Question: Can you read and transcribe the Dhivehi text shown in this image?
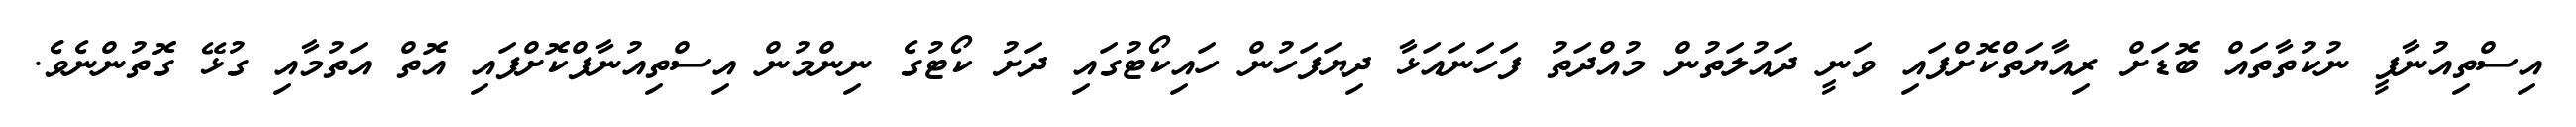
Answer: އިސްތިއުނާފީ ނުކުތާތައް ބޮޑަށް ރިއާޔަތްކޮށްފައި ވަނީ ދައުލަތުން މުއްދަތު ފަހަނައަޅާ ދިޔަފަހުން ހައިކޯޓުގައި ދަށު ކޯޓުގެ ނިންމުން އިސްތިއުނާފްކޮށްފައި އޮތް އަތުމާއި ގުޅޭ ގޮތުންނެވެެ.